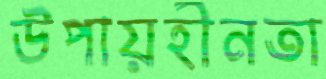
উপায়হীনতা